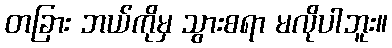
တခြား ဘယ်ကိုမှ သွားစရာ မလိုပါဘူး။